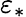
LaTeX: \varepsilon_{\ast}